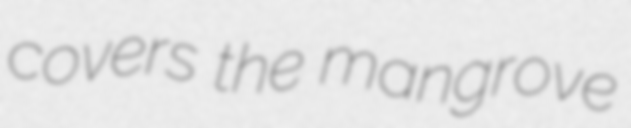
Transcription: covers the mangrove